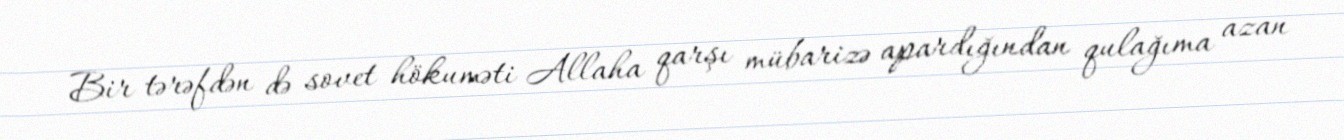
Bir tərəfdən də sovet hökuməti Allaha qarşı mübarizə apardığından qulağıma azan